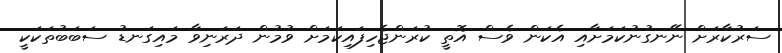
ސަރުކާރަށް ނޭނގުނުކަމަށާއި އެކަން ވެސް އޮތީ ކުރަންޖެހިފައިކަމަށް ވުމުން ދަރަނިވާ މައިގަނޑު ސަބަބުތަކަކީ